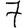
Digit: 7